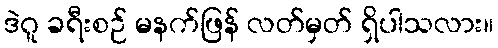
ဒဲဂူ ခရီးစဉ် မနက်ဖြန် လတ်မှတ် ရှိပါသလား။